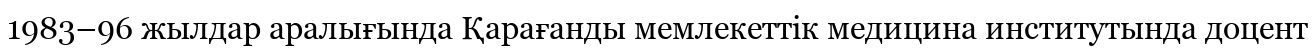
1983–96 жылдар аралығында Қарағанды мемлекеттік медицина институтында доцент